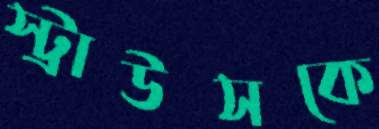
স্ট্রাউসকে